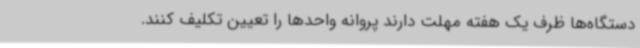
دستگاه‌ها ظرف یک هفته مهلت دارند پروانه واحدها را تعیین تکلیف کنند.